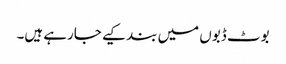
بوٹ ڈبوں میں بند کیے جارہے ہیں۔